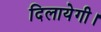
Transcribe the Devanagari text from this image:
दिलायेगी।